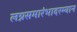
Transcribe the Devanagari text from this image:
लग्नसमारंभादरम्यान